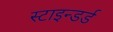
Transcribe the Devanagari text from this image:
स्टाइन्डर्ड